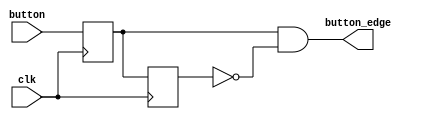
`timescale 1ns / 1ps
//////////////////////////////////////////////////////////////////////////////////
// Company: 
// Engineer: 
// 
// Design Name: 
// Module Name: signal_edge
// Project Name: 
// Target Devices: 
// Tool Versions: 
// Description: 
// 
// Dependencies: 
// 
// Revision:
// Revision 0.01 - File Created
// Additional Comments:
// 
//////////////////////////////////////////////////////////////////////////////////


module signal_edge(
    input clk,
    input button,
    output button_edge);
    reg button_r1,button_r2;
    always@(posedge clk) button_r1 <= button;
    always@(posedge clk) button_r2 <= button_r1;
    assign button_edge = button_r1 & (~button_r2);
endmodule